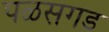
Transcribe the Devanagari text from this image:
पळसगड